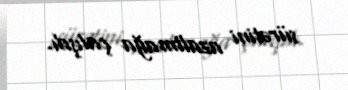
sürətini azaltmağa çalışdı.